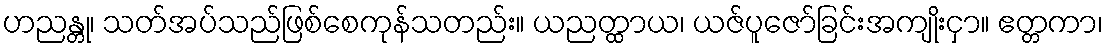
ဟညန္တု၊ သတ်အပ်သည်ဖြစ်စေကုန်သတည်း။ ယညတ္ထာယ၊ ယဇ်ပူဇော်ခြင်းအကျိုးငှာ။ ဧတ္တကာ၊